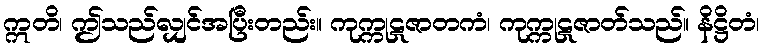
ဣတိ၊ ဤသည်လျှင်အပြီးတည်း။ ကုက္ကုဋဇာတကံ၊ ကုက္ကုဋဇာတ်သည်။ နိဋ္ဌိတံ၊